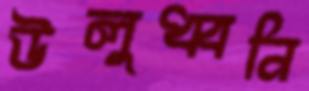
উলুধ্বনি